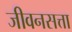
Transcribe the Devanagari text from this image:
जीवनसत्ता